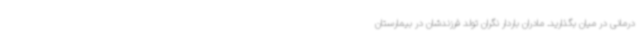
درمانی در میان بگذارید. مادران باردار نگران تولد فرزندشان در بیمارستان